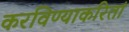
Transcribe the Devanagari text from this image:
करविण्याकरितां